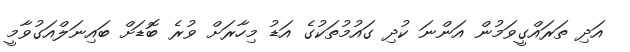
އަދި ތަރައްގީވަމުން އަންނަ ކުދި ގައުމުތަކުގެ އަޑު މިހާރަށް ވުރެ ބޮޑަށް ބައިނަލްއަގުވާމީ